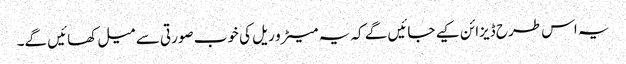
یہ اس طرح ڈیزائن کیے جائیں گے کہ یہ میٹرو ریل کی خوب صورتی سے میل کھائیں گے۔